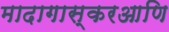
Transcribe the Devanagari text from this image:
मादागास्करआणि